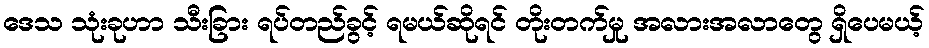
ဒေသ သုံးခုဟာ သီးခြား ရပ်တည်ခွင့် ရမယ်ဆိုရင် တိုးတက်မှု အလားအလာတွေ ရှိပေမယ့်